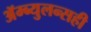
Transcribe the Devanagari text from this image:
ॲम्ब्युलन्सही